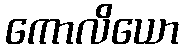
ကောလိယော